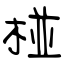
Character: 椪